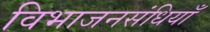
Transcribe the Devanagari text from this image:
विभाजनसंधियाँ